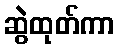
ဆွဲထုတ်ကာ